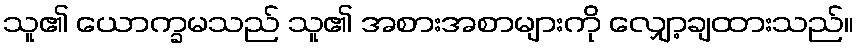
သူ၏ ယောက္ခမသည် သူ၏ အစားအစာများကို လျှော့ချထားသည်။